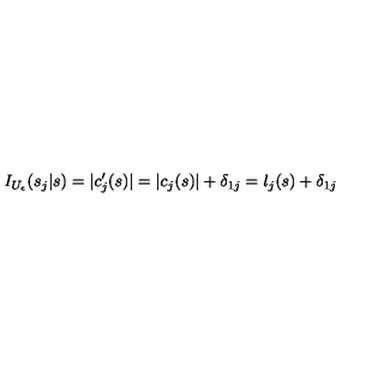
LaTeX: I _ { U _ { \epsilon } } ( s _ { j } | s ) = | c _ { j } ^ { \prime } ( s ) | = | c _ { j } ( s ) | + \delta _ { 1 j } = l _ { j } ( s ) + \delta _ { 1 j }